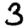
Digit: 3